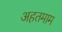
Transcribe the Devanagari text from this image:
अहतमाम